Burma Government Medical School reports 1907-22
Year: 1907
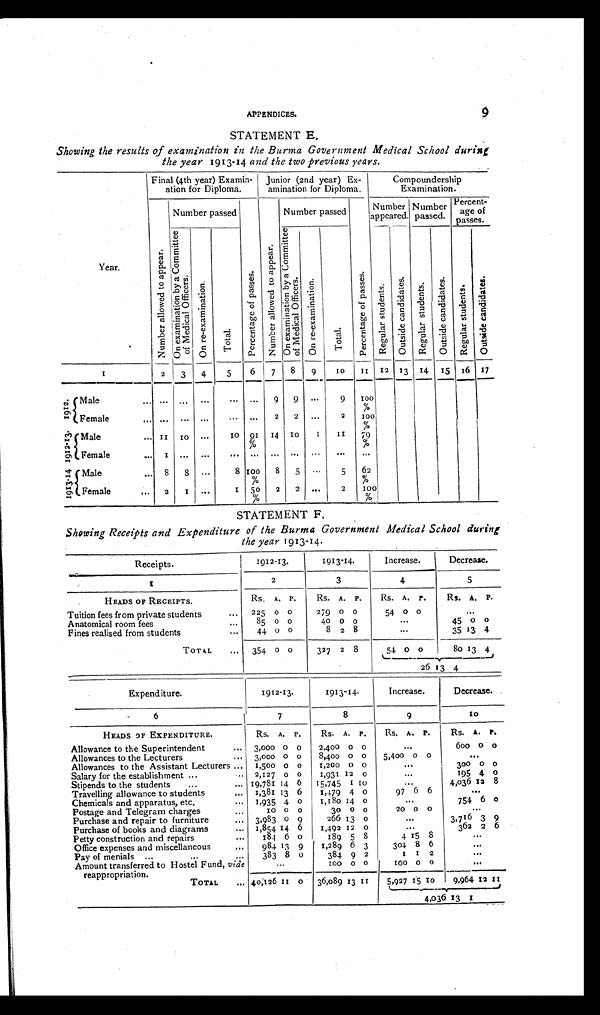
APPENDICES.
9
STATEMENT E.
Showing the results of examination in the Burma Government Medical School during
the year 1913-14 and the two previous years.
Year.
Final (4th year) Examin-
ation for Diploma.
Junior (2nd year) Ex-
amination for Diploma.
Compoundership
Examination.
Nu mb e r a l l o we d t o a p p e a r .
Number passed
P e r c e n t a g e o f p a s s e s .
N u m b e r a l l o w e d t o a p p e a r .
Number passed
P e r c e n t a g e o f p a s s e s .
Number
appeared.
Number
passed.
Percent-
age of
passes.
O n e x a m i n a t i o n b y a C o m m i t t e e o f M e d i c a l O f f i c e r s . O n r e - e x a m i n a t i o n .
T o t a l .
O n e x a m i n a t i o n b y a C o m m i t t e e o f M e d i c a l O f f i c e r s . O n r e - e x a mi n a t i o n .
T o t a l .
R e g u l a r s t u d e n t s .
O u t s i d e c a n d i d a t e s .
R e g u l a r s t u d e n t s .
O u t s i d e c a n d i d a t e s .
R e g u l a r s t u d e n t s .
O u t s i d e c a n d i d a t e s .
1
2 3
4
5
6
7
8
9
10 11 12 13 14 15 16 17
1912. Mal e
. . .
...
... ...
... ...
9
9 ...
9 100
%
Femal e
. . .
... ... ...
... ...
2
2 ...
2
100 %
%
1912-13.M a l e
. . . 11 10 ...
10 91
%
14 10
1
11 79
%
Femal e
. . .
1 ... ... ...
... ... ... ... ...
...
1 9 1 3 - 1 4 M a l e
. . . 8
8 ...
8 100
%
8
5 ...
5
62 %
Female
...
2
1 ...
1 50°A
2
2 ...
2
100
%
STATEMENT F.
Showing Receipts and Expenditure of the Burma Government Medical School during,
the year 1913-14.
Receipts.
1912-13.
1913-14.
Increase.
Decrease.
1
2
3
4
5
HEADS OF RECEIPTS.
Rs. A. P.
Rs. A. P.
Rs. A. P.
Rs. A. P.
Tuition fees from private students
... 225 0 0
279 0 0
54 0 0
...
Anatomical room fees
...
85 0 0
40 0 0
...
45 0 0
Fines realised from students
...
44 0 0
8 2 8
...
35 13 4
TOTAL
... 354 0 0
327 2 8
54 0 0
80 13 4
—.I
26 13 4
Expenditure.
1912-13.
1913-14.
Increase.
Decrease.
6
7
8
9
10
HEADS OF EXPENDITURE.
Rs. A. P.
Rs. A. P.
Rs. A. P.
Rs. A. P.
Allowance to the Superintendent
... 3,000 0 0
2,400 0 0
...
600 0 0
Allowances to the Lecturers
... 3,000 0 0
8,400 0 0
5,400 0 0
...
Allowances to the Assistant Lecturers ... 1,500 0 0
1,200 0 0
...
300 0 0
Salary for the establishment ...
. . . 2,127 0 0
1,931 12 0
...
195 4 0
Stipends to the students
...
... 19,781 14 6 15,745 1 10
...
4,036 12 8
Travelling allowance to students
... 1,381 13 6
1,479 4 0
97 6 6
...
Chemicals and apparatus, etc.
... 1,935 4 0
1,180 14 0
...
754 6 o
Postage and Telegram charges
..,
10 0 0
30 0 0
20 0 0
...
Purchase and repair to furniture
.„ 3,983 0 9
266 13 0
...
3,716 3 9
Purchase of books and diagrams
... 1,854 14 6
1,492 12 0
...
362 2 6
Petty construction and repairs
...
184 6 0
189 5 8
4 15 8
...
Office expenses and miscellaneous
..,
984 13 9
1,289 6 3
304 8 6
...
Pay of menials ...
...
...
383 8 0
384 9 2
1 1 2
...
Amount transferred to Hostel Fund, vide
reappropriation.
. . .
1 0 0 0 0
100 0 0
. . .
TOTAL
... 40,126 11 0 36,089 13 11
5,927 15 10 9,964 9,964 12 11
4,036 13 1